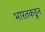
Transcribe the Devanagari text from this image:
भारतकडून